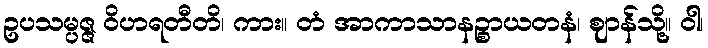
ဥပသမ္ပဇ္ဇ ဝိဟရတီတိ၊ ကား။ တံ အာကာသာနဉ္စာယတနံ၊ ဈာန်သို့။ ဝါ၊